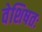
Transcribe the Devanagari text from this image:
वेशिषतः